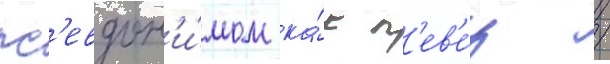
пс'евдон'и́мом ка́к п'ев'е́ц /